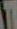
T